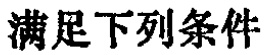
满足下列条件